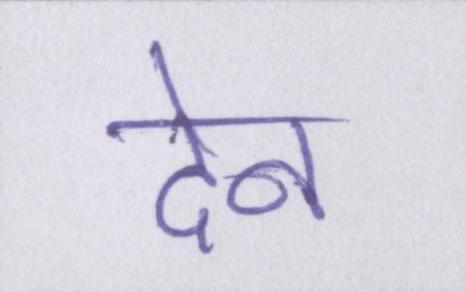
देन